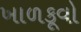
ખાળકૂવો